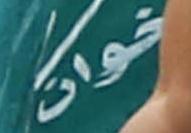
خوان